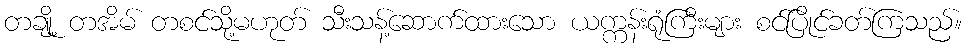
တချို့ တအိမ် တစင်သို့မဟုတ် သီးသန့်ဆောက်ထားသော ယက္ကန်းရုံကြီးများ စင်ပြိုင်ခတ်ကြသည်။